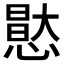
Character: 𭞘